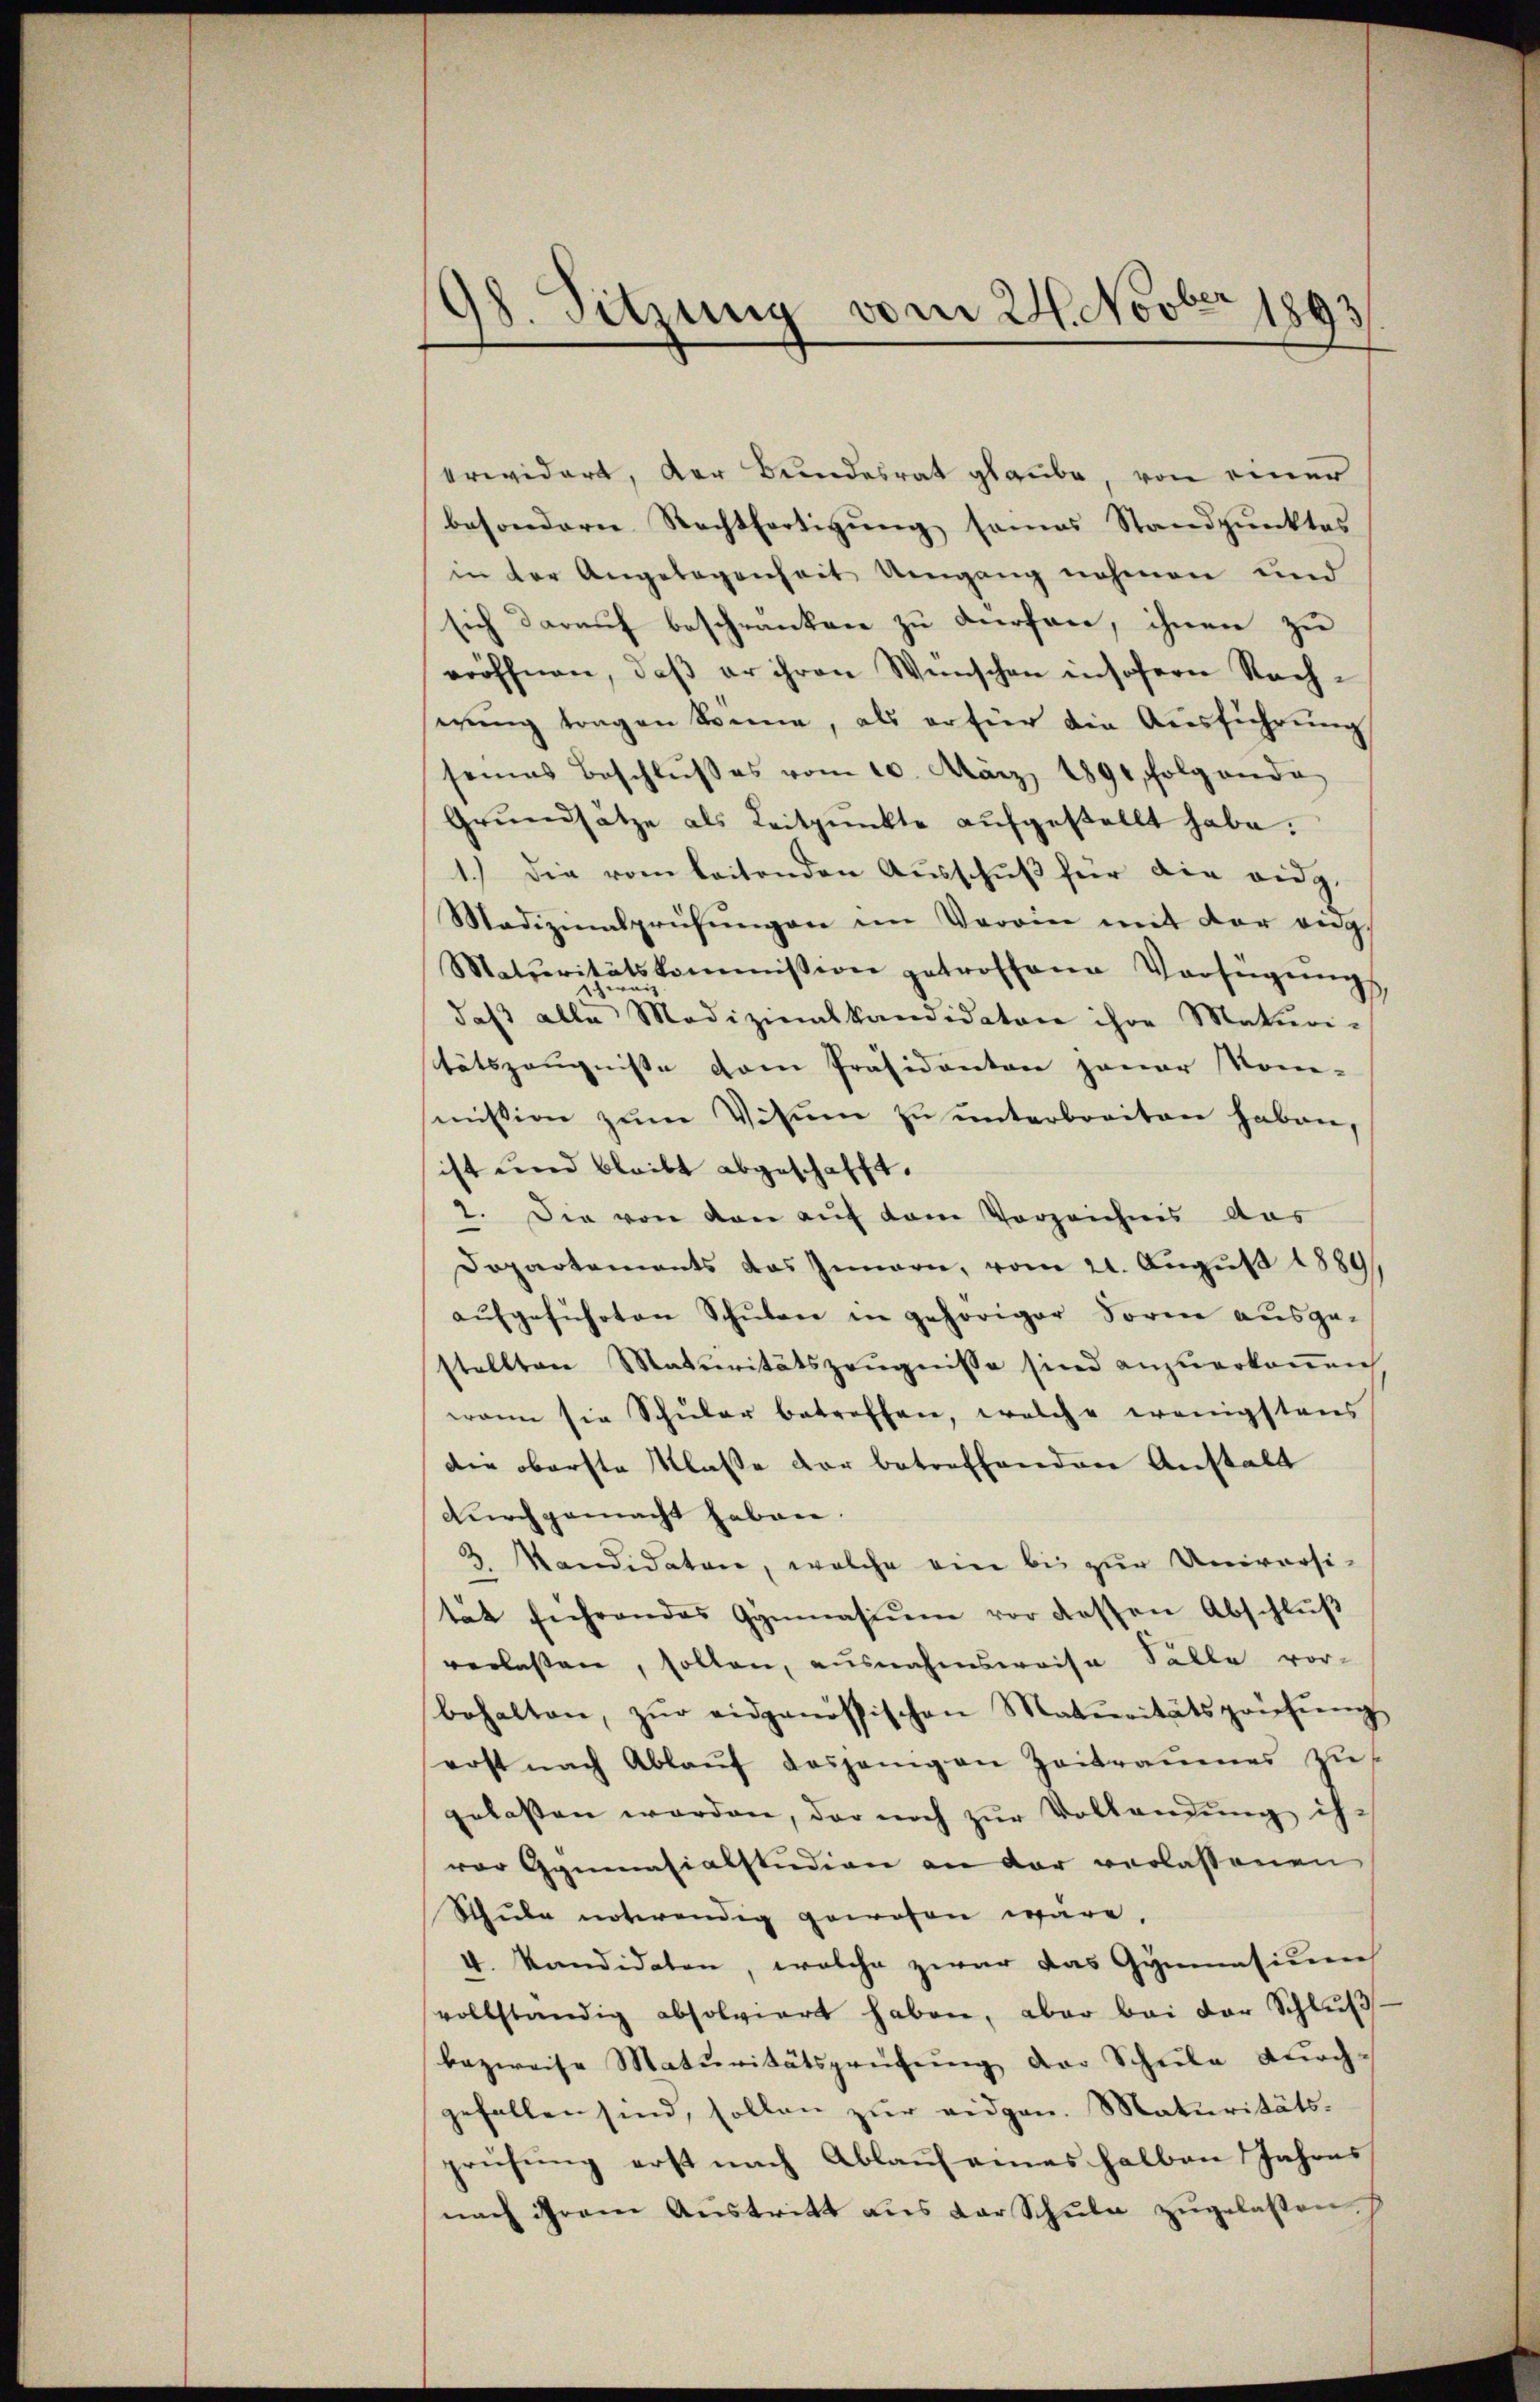
98. Sitzung vom 24. Novber 1893

krwidert, der Bundesrat glaube von einer
besondern Rechtfertigung sames Standpunktes
in der Angelegenheit Umgang nehmen und
sich darauf beschranken zu dürfen, ihnen zu
eröffnen, daß er ihren Wünschen insofern Nacherung tragen könne, als er für die Ausführung
seines Beschlŭβ es vom 10. März 1891, folgende
Grŭndsätze als Leitpunkte aŭfgestellt habe.
1.) Die vom leitenden Ausschuß für die eidg.
Madizinalprüfŭngen im Verein mit der ang
Maturitätskommission getroffene Verfügŭngs
daβ alle Medizinalkandidaten ihre Maturi-
tätszeugnisse dem Präsidenten jener Kom-
mission zum Vitum zu unterbreiten haben,
ist und bleibt abgeschafft.
2. Die von den auf dem Vorzeichnis das
Dopartements das Innern, vom 21. August 1889
aufgeführten Schulen in gehöriger Form ausge-
stellten Maturitätszeugnisse sind anzuerkenen
wann sie Schŭlar betreffen, welche wenigstens
die oberste Klasse der betreffenden Anstalt
Durchgemacht haben.
8. Kandidatare, welche ein bis zur Universi-
3.
tät führendes Gymnasiŭm vor dessen Abschlŭβ
verlassen, sollen, ausnahmsweise Sälle vor-
behalten, zŭr eidgenössischen Materitätsprüfŭng
erst nach Ablaŭf dasjenigen Zeitraumes zŭ
gelassen werden, der noch zur Vollendung ihr
vor Gymnasialstudien an der verlassenen
Schule notwendig gewesen wäre.
v. Kandidaten, welche zwar das Gymnasiener
vollständig absolviert haben, aber bei der Schlŭβ-
bezweife Maturitätsprüfŭng der Schŭle durch-
gefallen sind, sollen zŭr eidgen. Maturitäts-
prüfŭng erst nach Ablaŭf eines halben Jahres
nach ihrem Aŭstritt aus der Schŭle zugelassen